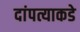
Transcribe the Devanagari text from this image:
दांपत्याकडे